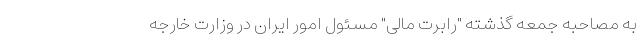
به مصاحبه جمعه گذشته "رابرت مالی" مسئول امور ایران در وزارت خارجه